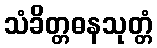
သံခိတ္တဓနသုတ္တံ